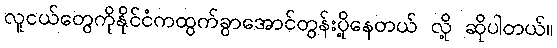
လူငယ်တွေကိုနိုင်ငံကထွက်ခွာအောင်တွန်းပို့နေတယ် လို့ ဆိုပါတယ်။